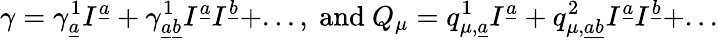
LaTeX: \gamma=\gamma_{\underline{{{a}}}}^{1}I^{\underline{{{a}}}}+\gamma_{\underline{{{a}}}\underline{{{b}}}}^{1}I^{\underline{{{a}}}}I^{\underline{{{b}}}}+...,\mathrm{~and~}Q_{\mu}=q_{\mu,\underline{{{a}}}}^{1}I^{\underline{{{a}}}}+q_{\mu,\underline{{{a}}}\underline{{{b}}}}^{2}I^{\underline{{{a}}}}I^{\underline{{{b}}}}+...